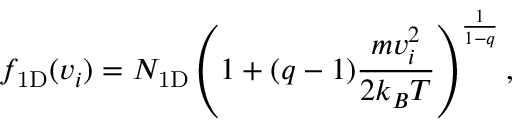
f _ { \mathrm { 1 D } } ( v _ { i } ) = N _ { \mathrm { 1 D } } \left( 1 + ( q - 1 ) \frac { m v _ { i } ^ { 2 } } { 2 k _ { B } T } \right) ^ { \frac { 1 } { 1 - q } } ,